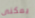
يمكنى